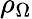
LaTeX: \rho_{\Omega}